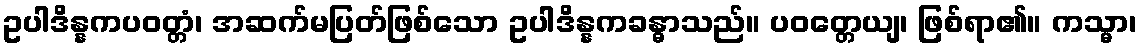
ဥပါဒိန္နကပဝတ္တံ၊ အဆက်မပြတ်ဖြစ်သော ဥပါဒိန္နကခန္ဓာသည်။ ပဝတ္တေယျ၊ ဖြစ်ရာ၏။ ကသ္မာ၊